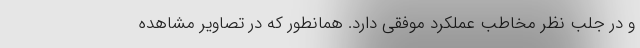
و در جلب نظر مخاطب عملکرد موفقی دارد. همانطور که در تصاویر مشاهده